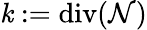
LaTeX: \mathit{k}:=\mathrm{{div}}(\mathcal{{N}})